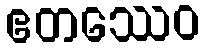
ဧတဿေဝ